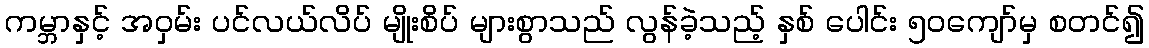
ကမ္ဘာနှင့် အဝှမ်း ပင်လယ်လိပ် မျိုးစိပ် များစွာသည် လွန်ခဲ့သည့် နှစ် ပေါင်း ၅၀ကျော်မှ စတင်၍